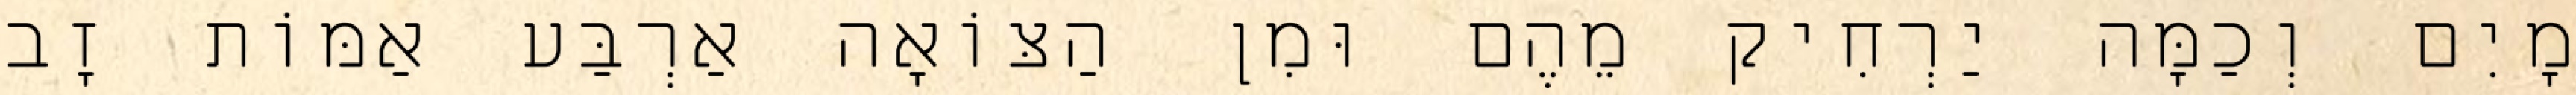
מָיִם וְכַמָּה יַרְחִיק מֵהֶם וּמִן הַצּוֹאָה אַרְבַּע אַמּוֹת זָב